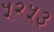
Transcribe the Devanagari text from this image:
५२५३